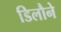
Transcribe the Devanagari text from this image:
डिलौने